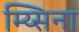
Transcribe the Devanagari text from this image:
म्य्सिना